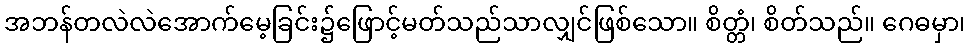
အဘန်တလဲလဲအောက်မေ့ခြင်း၌ဖြောင့်မတ်သည်သာလျှင်ဖြစ်သော။ စိတ္တံ၊ စိတ်သည်။ ဂေဓမှာ၊